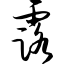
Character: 露